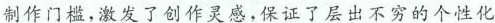
制作门槛，激发了创作灵感，保证了层出不穷的个性化